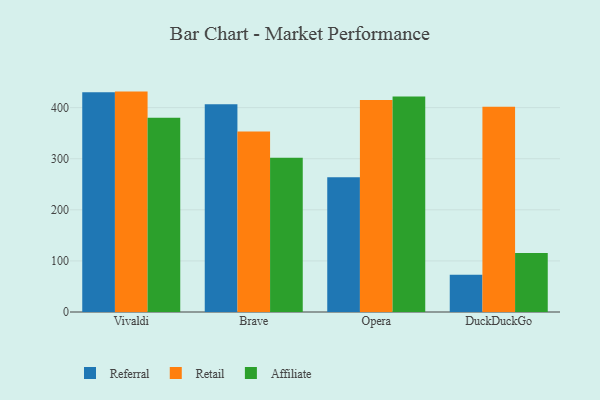
{"axis": {"x": "Browser", "y": "Churn Rate (%)"}, "legend": ["Affiliate", "Referral", "Retail"], "data": [{"x": "Vivaldi", "y": 430.3, "type": "Referral"}, {"x": "Vivaldi", "y": 431.4, "type": "Retail"}, {"x": "Vivaldi", "y": 380.3, "type": "Affiliate"}, {"x": "Brave", "y": 406.5, "type": "Referral"}, {"x": "Brave", "y": 353.4, "type": "Retail"}, {"x": "Brave", "y": 301.9, "type": "Affiliate"}, {"x": "Opera", "y": 263.7, "type": "Referral"}, {"x": "Opera", "y": 414.9, "type": "Retail"}, {"x": "Opera", "y": 421.9, "type": "Affiliate"}, {"x": "DuckDuckGo", "y": 73.1, "type": "Referral"}, {"x": "DuckDuckGo", "y": 401.6, "type": "Retail"}, {"x": "DuckDuckGo", "y": 115.5, "type": "Affiliate"}]}